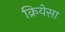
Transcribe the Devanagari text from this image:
क्रियेसा